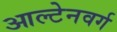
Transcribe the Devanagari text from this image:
आल्टेनवर्ग